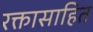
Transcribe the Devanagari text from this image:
रक्तासाहित